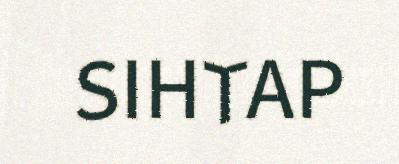
SIHTAP